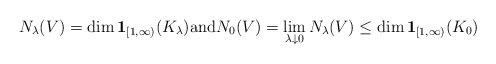
LaTeX: \begin{align*}N_{\lambda}(V) = \dim {\mathbf 1}_{[1,\infty)}(K_{\lambda})\mbox{and} N_{0}(V)=\lim_{\lambda\downarrow0}N_{\lambda}(V) \leq \dim \mathbf {1}_{[1,\infty)}(K_{0})\end{align*}